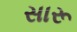
સારૂ